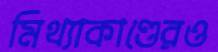
মিথ্যাকাণ্ডেরও